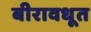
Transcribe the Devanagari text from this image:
बीरावधूत